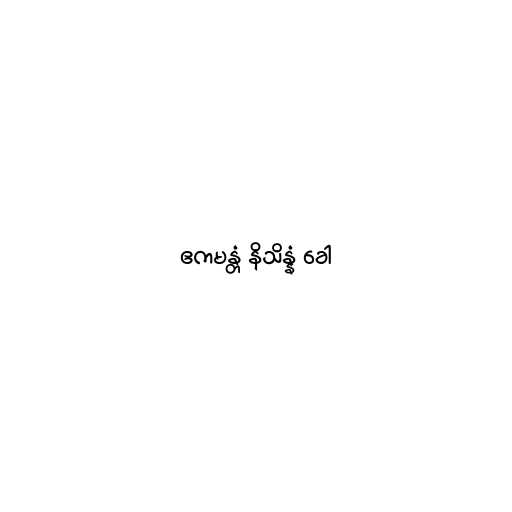
ဧကမန္တံ နိသိန္နံ ခေါ